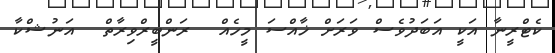
ކެޓްރީނާ އަކީ އަބަދުވެސް ވަރަށް ޚާއްސަ މީހެއް  ރަންބީރްވިރާތް  އަނުޝްކާ